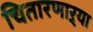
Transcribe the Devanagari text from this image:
चितारणाऱ्या